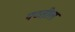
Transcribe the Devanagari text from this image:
पटतील